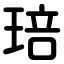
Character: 琣